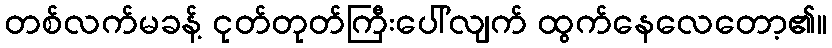
တစ်လက်မခန့် ငုတ်တုတ်ကြီးပေါ်လျက် ထွက်နေလေတော့၏။